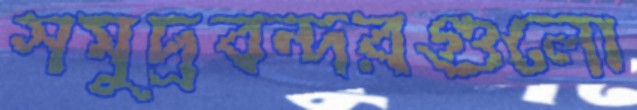
সমুদ্রবন্দরগুলো